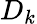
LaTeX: D_{k}